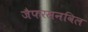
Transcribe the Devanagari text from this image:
जैफरसनविल